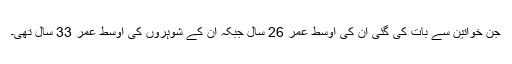
جن خواتین سے بات کی گئی ان کی اوسط عمر 26 سال جبکہ ان کے شوہروں کی اوسط عمر 33 سال تھی۔